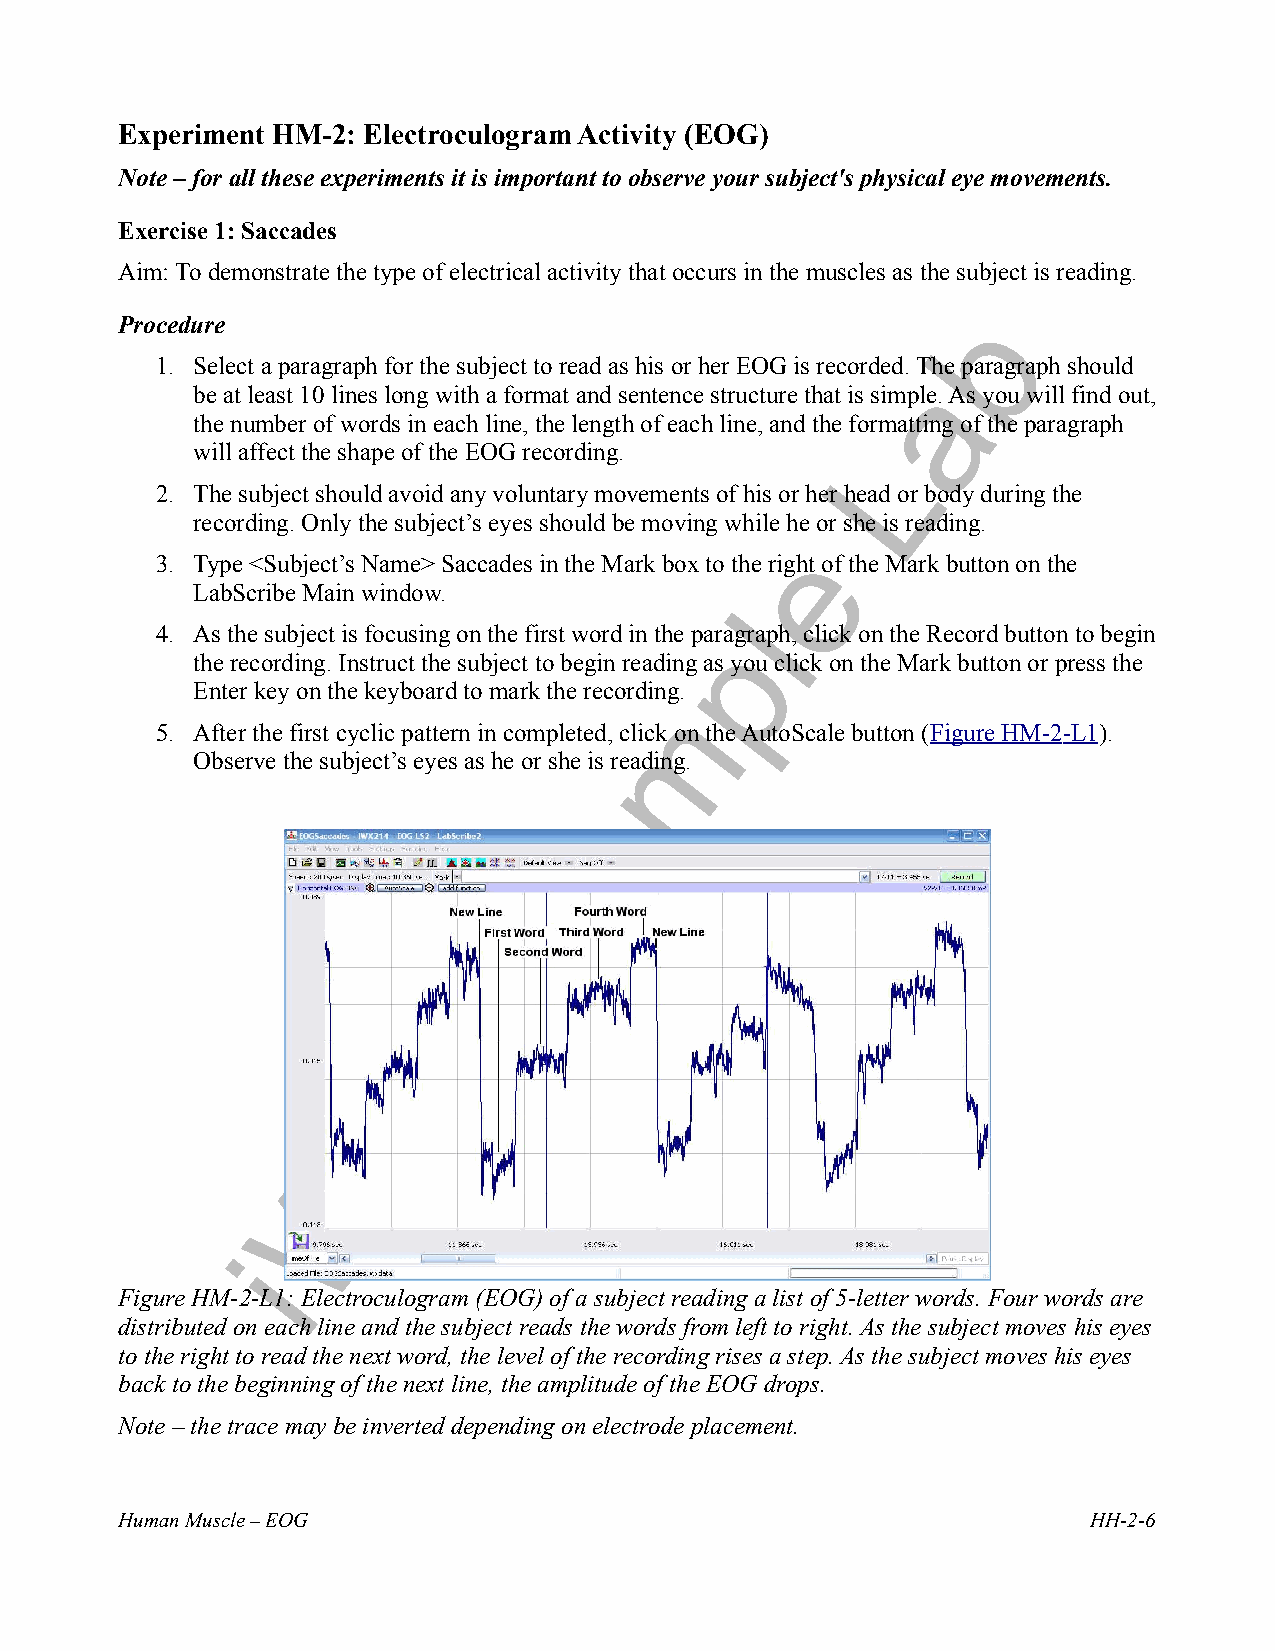
Experiment HM-2: Electroculogram Activity (EOG)
 Note – for all these experiments it is important to observe your subject's physical eye movements.
 Exercise 1: Saccades
 Aim: To demonstrate the type of electrical activity that occurs in the muscles as the subject is reading.
 Procedure
 1. Select a paragraph for the subject to read as his or her EOG is recorded. The paragraph should
 be at least 10 lines long with a format and sentence structure that is simple. As you will find out,
 the number of words in each line, the length of each line, and the formatting of the paragraph
 will affect the shape of the EOG recording.
 2. The subject should avoid any voluntary movements of his or her head or body during the
 recording. Only the subject’s eyes should be moving while he or she is reading.
 3. Type <Subject’s Name> Saccades in the Mark box to the right of the Mark button on the
 LabScribe Main window.
 4. As the subject is focusing on the first word in the paragraph, click on the Record button to begin
 the recording. Instruct the subject to begin reading as you click on the Mark button or press the
 Enter key on the keyboard to mark the recording.
 5. After the first cyclic pattern in completed, click on the AutoScale button ( F igure HM- 2 -L1).
 Observe the subject’s eyes as he or she is reading.
 Figure HM-2-L1: Electroculogram (EOG) of a subject reading a list of 5-letter words. Four words are
 distributed on each line and the subject reads the words from left to right. As the subject moves his eyes
 to the right to read the next word, the level of the recording rises a step. As the subject moves his eyes
 back to the beginning of the next line, the amplitude of the EOG drops.
 Note – the trace may be inverted depending on electrode placement.
 Human Muscle – EOG                                              HH-2-6
 i
 W
 o
 r
 x
 S
 a
 m
 p
 l
 e
 L
 a
 b